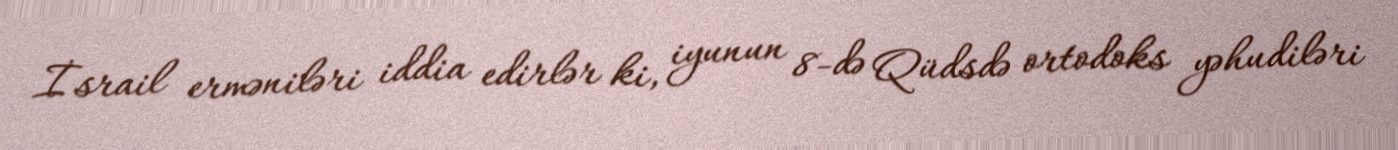
İsrail erməniləri iddia edirlər ki, iyunun 8-də Qüdsdə ortodoks yəhudiləri